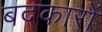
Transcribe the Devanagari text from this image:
बदकारों